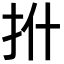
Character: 𪭡